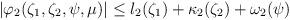
LaTeX: \begin{align*}|\varphi_{2}(\zeta_{1},\zeta_{2},\psi,\mu)|\leq l_{2}(\zeta_{1})+\kappa_{2}(\zeta_{2})+\omega_{2}(\psi)\end{align*}